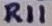
Text: R11